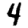
Digit: 4